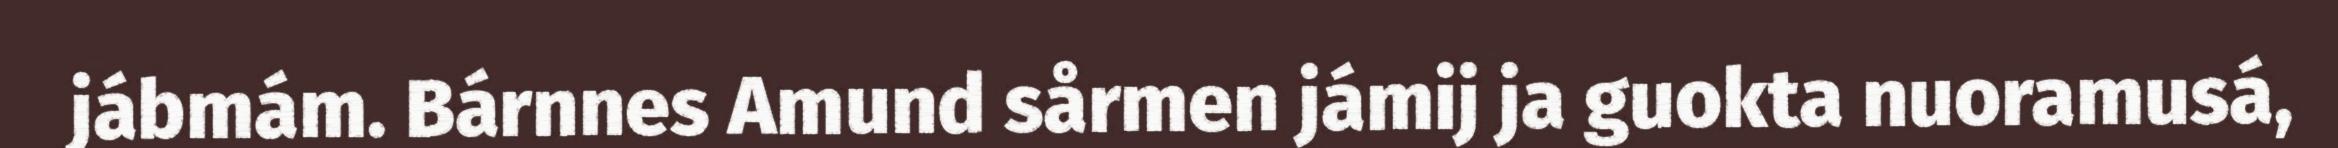
jábmám. Bárnnes Amund sårmen jámij ja guokta nuoramusá,